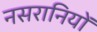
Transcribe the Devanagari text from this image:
नसरानियों